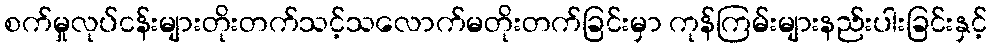
စက်မှုလုပ်ငန်းများတိုးတက်သင့်သလောက်မတိုးတက်ခြင်းမှာ ကုန်ကြမ်းများနည်းပါးခြင်းနှင့်